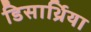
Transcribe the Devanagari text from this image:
डिसार्थ्रिया